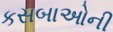
કસબાઓની